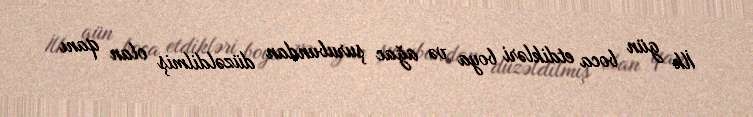
İlk gün boca etdikləri boya və ağac şurubundan düzəldilmiş olan qanı